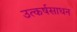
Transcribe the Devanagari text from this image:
उत्कर्षसाधन